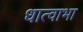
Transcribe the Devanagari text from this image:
धात्वाभा